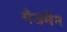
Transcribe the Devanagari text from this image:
मैडमैन